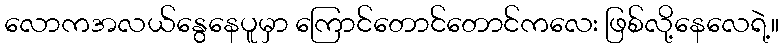
လောကအလယ်နွေနေပူမှာ ကြောင်တောင်တောင်ကလေး ဖြစ်လို့နေလေရဲ့။